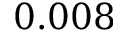
0 . 0 0 8